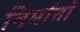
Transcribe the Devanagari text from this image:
निर्मातों